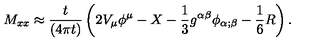
M _ { x x } \approx { \frac { t } { \left( 4 \pi t \right) } } \left( 2 V _ { \mu } \phi ^ { \mu } - X - { \frac { 1 } { 3 } } g ^ { \alpha \beta } \phi _ { \alpha ; \beta } - { \frac { 1 } { 6 } } R \right) .